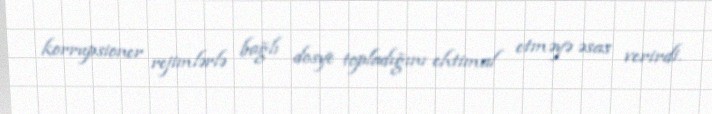
korrupsioner rejimlərlə bağlı dosye topladığını ehtimal etməyə əsas verirdi.